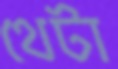
থেটা